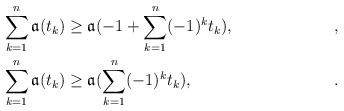
LaTeX: \begin{align*}\sum_{k = 1}^n \mathfrak a(t_k) & \ge \mathfrak a(-1 + \sum_{k = 1}^n (-1)^k t_k), & , & \\\sum_{k = 1}^n \mathfrak a(t_k) & \ge \mathfrak a(\sum_{k = 1}^n (-1)^k t_k), & . &\end{align*}